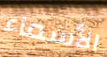
الأسماء